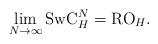
LaTeX: \begin{align*}\lim_{N\to\infty} \textrm{SwC}_H^N = \textrm{RO}_H.\end{align*}